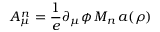
A _ { \mu } ^ { n } = \frac { 1 } { e } \partial _ { \mu } \phi \, M _ { n } \, a ( \rho )